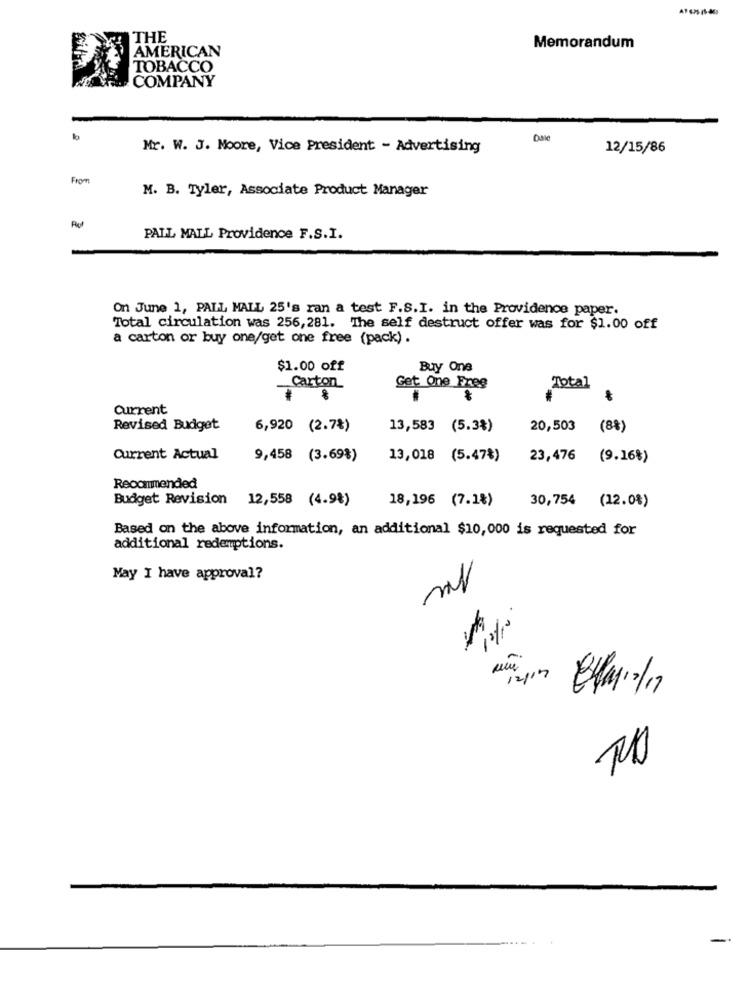
THE
AMERICAN
Memorandum
TOBACCO
COMPANY
Dale
Mr. W. J. Moore, Vice President - Advertising
12/15/86
From
M. B. Tyler, Associate Product Manager
PALL MALL Providence F.S.I.
On June 1, PALL MALL 25's ran a test F.S.I. in the Providence paper.
Total circulation was 256, 281. The self destruct offer was for $1.00 off
a carton or buy one/get one free (pack) .
$1.00 off
Buy One
Carton
Get One Free
Total
Current
Revised Budget
6,920 (2.7%)
13,583 (5.3%)
20,503 (8%)
Current Actual
9,458 (3.69%)
13,018 (5.47%)
23,476 (9.16%)
Recommended
Budget Revision 12,558 (4.9%)
18,196 (7.1%)
(12.0%)
30,754
Based on the above information, an additional $10,000 is requested for
additional redemptions.
May I have approval?
12/19